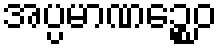
အပ္ပမာဏဉ္စေဝ